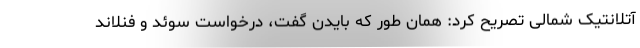
آتلانتیک شمالی تصریح کرد: همان طور که بایدن گفت، درخواست سوئد و فنلاند